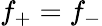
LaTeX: f_{+}=f_{-}